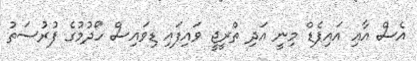
އެސް އާއި އައިޕެޑް މިނީ އަދި ތްރީޖީ ވައިފައި ޑިވައިސް ހޯދުމުގެ ފުރުސަތު